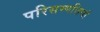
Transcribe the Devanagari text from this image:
परिसम्‍पत्तियां